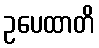
ဥပေထာတိ